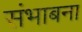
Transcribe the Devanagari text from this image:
संभाबना